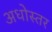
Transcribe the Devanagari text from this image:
अधोस्तर